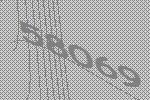
58069